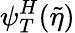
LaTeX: \psi_{T}^{H}(\tilde{\eta})